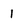
Character: 1